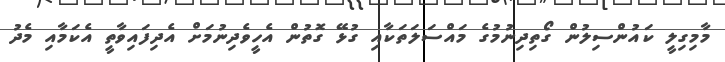
މާމިގިލީ ކައުންސިލުން ގޯތިދިނުމުގެ މައްސަލަތަކާއި ގުޅޭ ގޮތުން އެހީވެދިނުމަށް އެދިފައިވާތީ އެކަމާއި މެދު